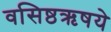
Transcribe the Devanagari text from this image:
वसिष्ठऋषये